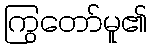
ကြွတော်မူ၏